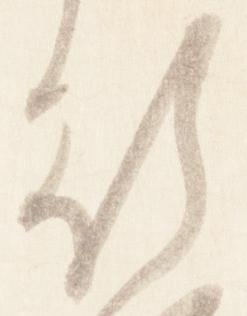
行